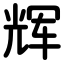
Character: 辉